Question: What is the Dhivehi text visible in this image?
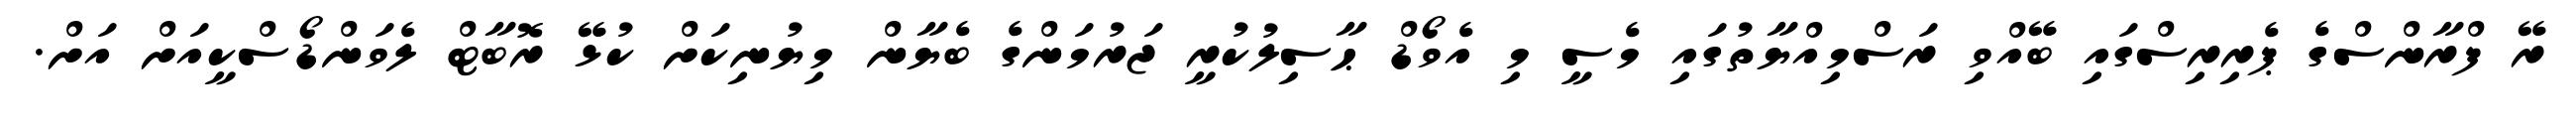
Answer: ރޭ ފްރާންސްގެ ޕެރިރިސްގައި ބޭއްވި ރަސްމިއްޔާތުގައި މެސީ މި އެވޯޑް ޙާސިލުކުރީ ޖަރުމަންގެ ބެޔާން މިޔުނިކަށް ކުޅޭ ރޮބާޓް ލެވަންޑޯސްކީއަށް އަށް.